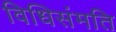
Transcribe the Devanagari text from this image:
विधिसंमति